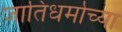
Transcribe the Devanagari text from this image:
जातिधर्माच्या